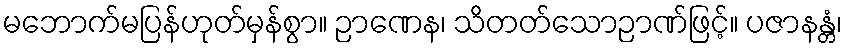
မဘောက်မပြန်ဟုတ်မှန်စွာ။ ဉာဏေန၊ သိတတ်သောဉာဏ်ဖြင့်။ ပဇာနန္တံ၊